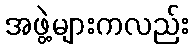
အဖွဲ့များကလည်း